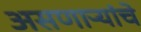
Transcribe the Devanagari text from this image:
असणाऱ्यांचे